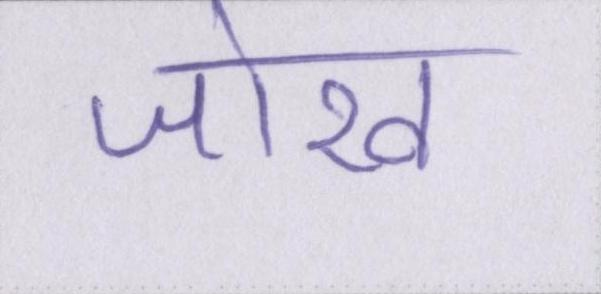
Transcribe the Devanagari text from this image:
जोख